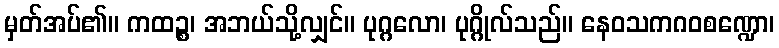
မှတ်အပ်၏။ ကထဉ္စ၊ အဘယ်သို့လျှင်။ ပုဂ္ဂလော၊ ပုဂ္ဂိုလ်သည်။ နေဝသကဂဝစဏ္ဍော၊